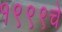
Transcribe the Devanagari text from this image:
१९९९चे